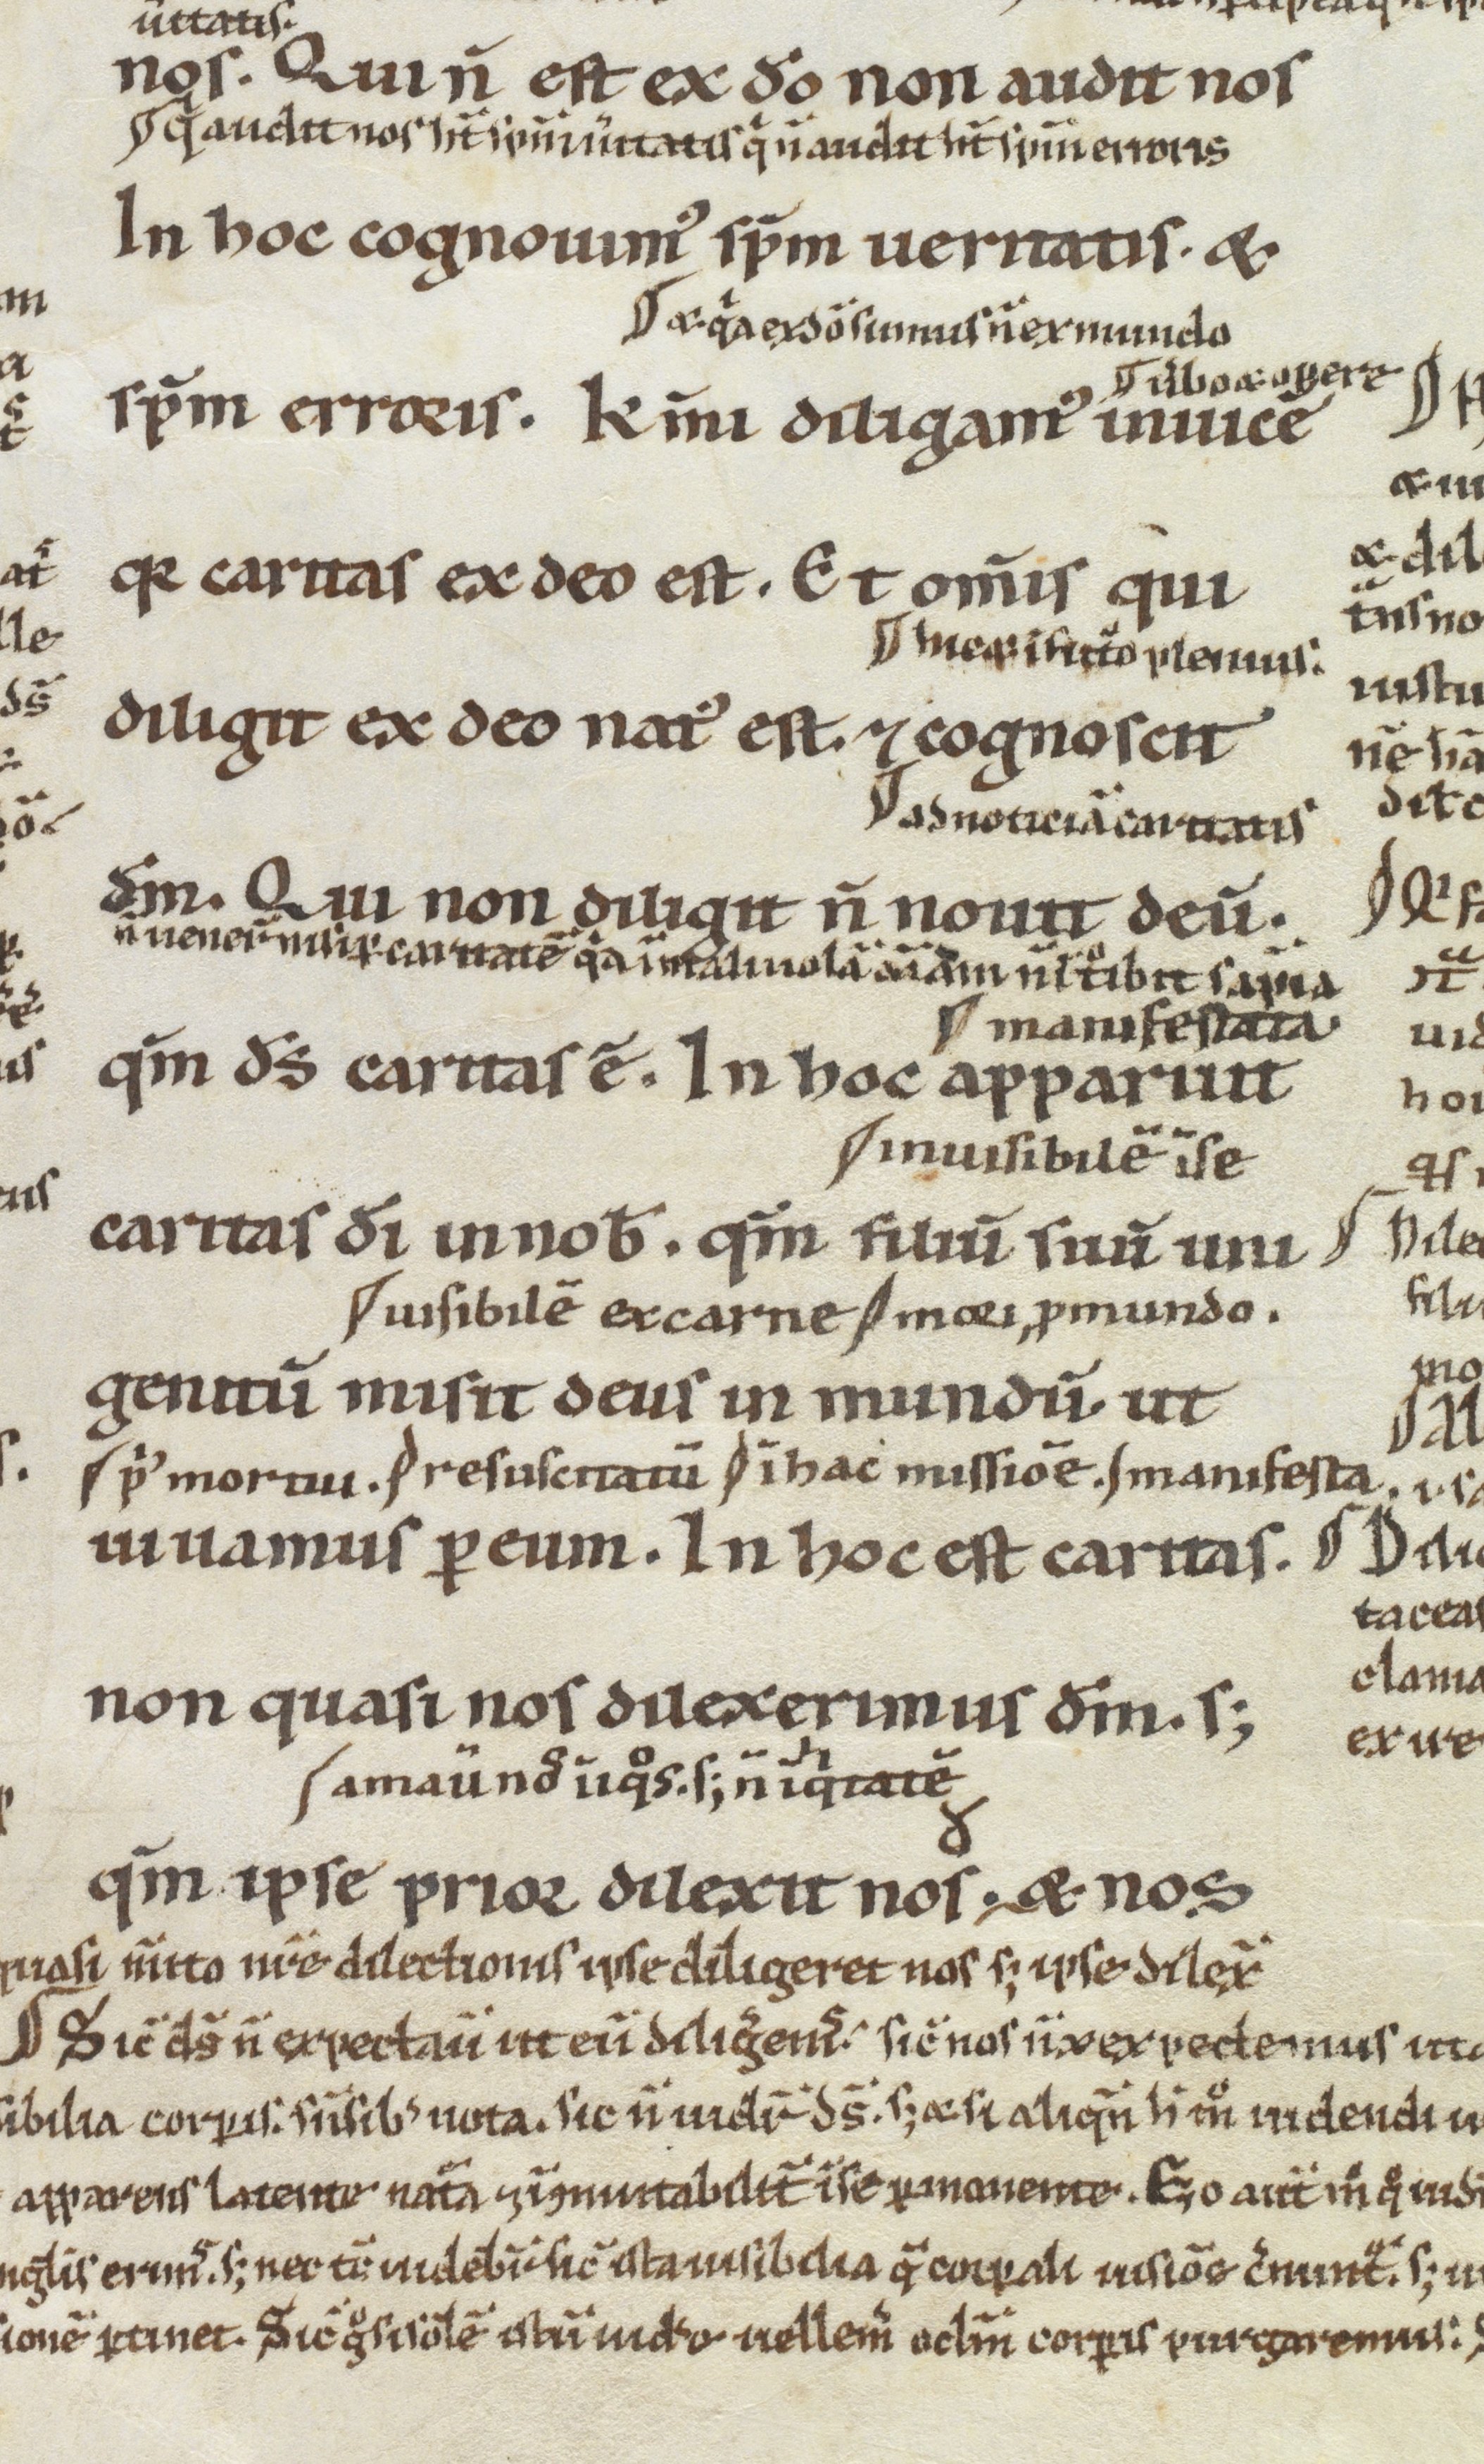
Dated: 1100–1199